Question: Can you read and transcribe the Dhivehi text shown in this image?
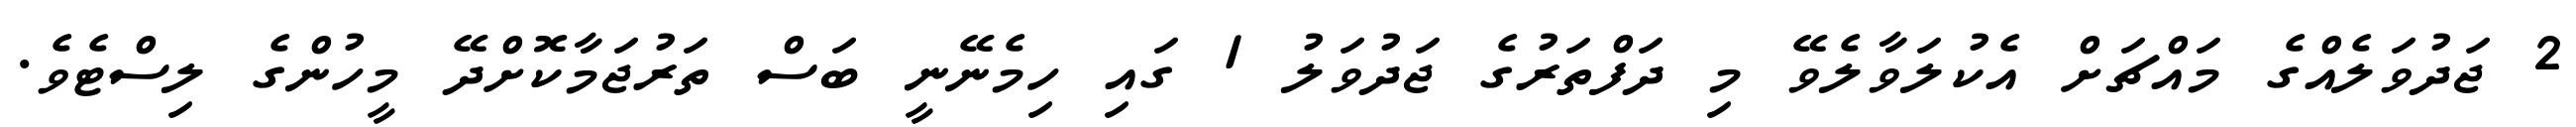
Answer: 2 ޖަދުވަލެއްގެ މައްޗަށް އެކުލަވާލެވޭ މި ދަފްތަރުގެ ޖަދުވަލު 1 ގައި ހިމެނޭނީ ބަސް ތަރުޖަމާކޮށްދޭ މީހުންގެ ލިސްޓެވެ.